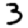
Digit: 3